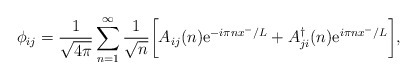
\begin{align*}\phi_{ij} = \frac{1}{\sqrt{4\pi}} \sum_{n=1}^{\infty}\frac{1}{\sqrt{n}} \bigg[ A_{ij}(n){\rm e}^{-i\pi n x^{-}/L} +A_{ji}^{\dag}(n) {\rm e}^{i\pi nx^{-}/L}\bigg],\end{align*}